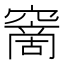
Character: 𥧮